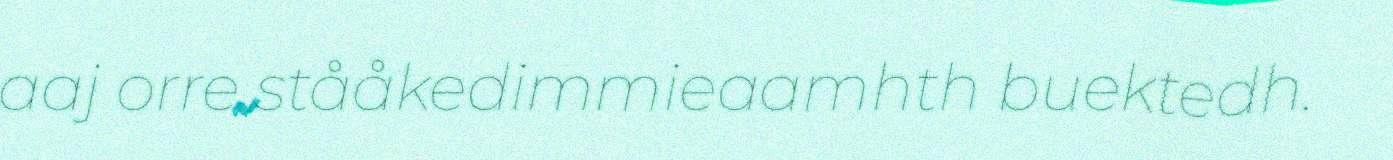
aaj orre stååkedimmieaamhth buektedh.